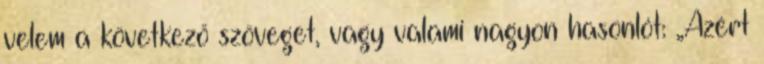
velem a következő szöveget, vagy valami nagyon hasonlót: „Azért